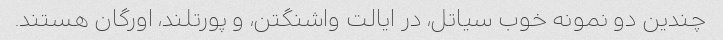
چندین دو نمونه خوب سیاتل، در ایالت واشنگتن، و پورتلند، اورگان هستند.